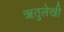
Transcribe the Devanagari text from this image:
ऋतुलेखी